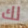
لك